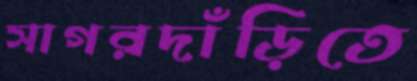
সাগরদাঁড়িতে